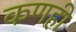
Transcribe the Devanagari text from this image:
कणही